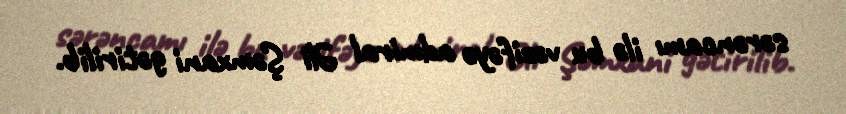
sərəncamı ilə bu vəzifəyə admiral Əli Şəmxani gətirilib.